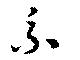
糸